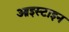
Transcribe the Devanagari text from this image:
आइस्टाइन